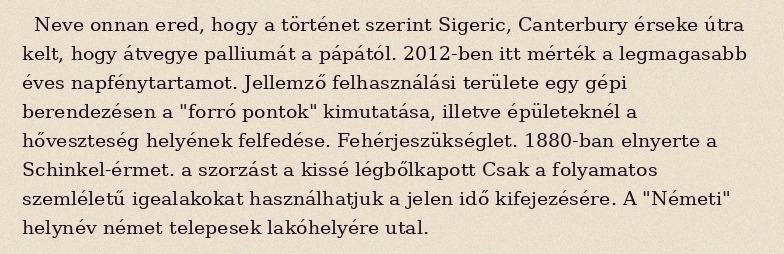
Neve onnan ered, hogy a történet szerint Sigeric, Canterbury érseke útra kelt, hogy átvegye palliumát a pápától. 2012-ben itt mérték a legmagasabb éves napfénytartamot. Jellemző felhasználási területe egy gépi berendezésen a "forró pontok" kimutatása, illetve épületeknél a hőveszteség helyének felfedése. Fehérjeszükséglet. 1880-ban elnyerte a Schinkel-érmet. a szorzást a kissé légbőlkapott Csak a folyamatos szemléletű igealakokat használhatjuk a jelen idő kifejezésére. A "Németi" helynév német telepesek lakóhelyére utal.